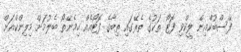
ފޭސްބުކްއިން ލީކްވި ފޮޓޯ ތަކުގެ ތެރޭގައި ތިބާގެ ފޮޓޯއެއް ހިމެނޭތޯ ބެލުމަށް މިލިންކްއަށް